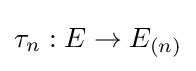
\tau _{n}:E\to E_{(n)}